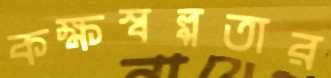
কক্ষস্বল্পতার